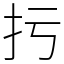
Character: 扝